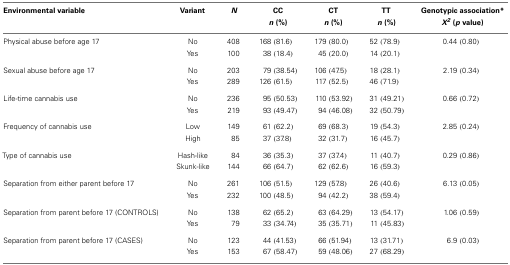
<table><thead><tr><td><b>Environmental variable</b></td><td><b>Variant</b></td><td><b><i>N</i></b></td><td><b>CC</b></td><td><b>CT</b></td><td><b>TT</b></td><td><b>Genotypic association*</b></td></tr><tr><td></td><td></td><td></td><td><b><i>n</i> (%)</b></td><td><b><i>n</i> (%)</b></td><td><b><i>n</i> (%)</b></td><td><b><i>X<sup>2</sup></i> (<i>p</i> value)</b></td></tr></thead><tbody><tr><td>Physical abuse before age 17</td><td>No</td><td>408</td><td>168 (81. 6)</td><td>179 (80. 0)</td><td>52 (78. 9)</td><td>0. 44 (0. 80)</td></tr><tr><td></td><td>Yes</td><td>100</td><td>38 (18. 4)</td><td>45 (20. 0)</td><td>14 (20. 1)</td><td></td></tr><tr><td>Sexual abuse before age 17</td><td>No</td><td>203</td><td>79 (38. 54)</td><td>106 (47. 5)</td><td>18 (28. 1)</td><td>2. 19 (0. 34)</td></tr><tr><td></td><td>Yes</td><td>289</td><td>126 (61. 5)</td><td>117 (52. 5)</td><td>46 (71. 9)</td><td></td></tr><tr><td>Life-time cannabis use</td><td>No</td><td>236</td><td>95 (50. 53)</td><td>110 (53. 92)</td><td>31 (49. 21)</td><td>0. 66 (0. 72)</td></tr><tr><td></td><td>Yes</td><td>219</td><td>93 (49. 47)</td><td>94 (46. 08)</td><td>32 (50. 79)</td><td></td></tr><tr><td>Frequency of cannabis use</td><td>Low</td><td>149</td><td>61 (62. 2)</td><td>69 (68. 3)</td><td>19 (54. 3)</td><td>2. 85 (0. 24)</td></tr><tr><td></td><td>High</td><td>85</td><td>37 (37. 8)</td><td>32 (31. 7)</td><td>16 (45. 7)</td><td></td></tr><tr><td>Type of cannabis use</td><td>Hash-like</td><td>84</td><td>36 (35. 3)</td><td>37 (37. 4)</td><td>11 (40. 7)</td><td>0. 29 (0. 86)</td></tr><tr><td></td><td>Skunk-like</td><td>144</td><td>66 (64. 7)</td><td>62 (62. 6)</td><td>16 (59. 3)</td><td></td></tr><tr><td>Separation from either parent before 17</td><td>No</td><td>261</td><td>106 (51. 5)</td><td>129 (57. 8)</td><td>26 (40. 6)</td><td>6. 13 (0. 05)</td></tr><tr><td></td><td>Yes</td><td>232</td><td>100 (48. 5)</td><td>94 (42. 2)</td><td>38 (59. 4)</td><td></td></tr><tr><td>Separation from parent before 17 (CONTROLS)</td><td>No</td><td>138</td><td>62 (65. 2)</td><td>63 (64. 29)</td><td>13 (54. 17)</td><td>1. 06 (0. 59)</td></tr><tr><td></td><td>Yes</td><td>79</td><td>33 (34. 74)</td><td>35 (35. 71)</td><td>11 (45. 83)</td><td></td></tr><tr><td>Separation from parent before 17 (CASES)</td><td>No</td><td>123</td><td>44 (41. 53)</td><td>66 (51. 94)</td><td>13 (31. 71)</td><td>6. 9 (0. 03)</td></tr><tr><td></td><td>Yes</td><td>153</td><td>67 (58. 47)</td><td>59 (48. 06)</td><td>27 (68. 29)</td><td></td></tr></tbody></table>